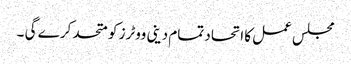
مجلس عمل کا اتحاد تمام دینی ووٹرز کو متحد کر ے گی ۔